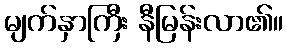
မျက်နှာကြီး နီမြန်းလာ၏။